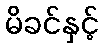
မိခင်နှင့်